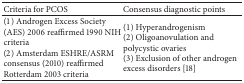
<table><thead><tr><td><b>Criteria for PCOS</b></td><td><b>Consensus diagnostic points</b></td></tr></thead><tbody><tr><td>(1) Androgen Excess Society (AES) 2006 reaffirmed 1990 NIH criteria(2) Amsterdam ESHRE/ASRM consensus (2010) reaffirmed Rotterdam 2003 criteria </td><td>(1) Hyperandrogenism(2) Oligoanovulation and polycystic ovaries (3) Exclusion of other androgen excess disorders [18]</td></tr></tbody></table>